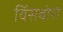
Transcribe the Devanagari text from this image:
विंसबोरो